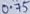
Text: 0.75